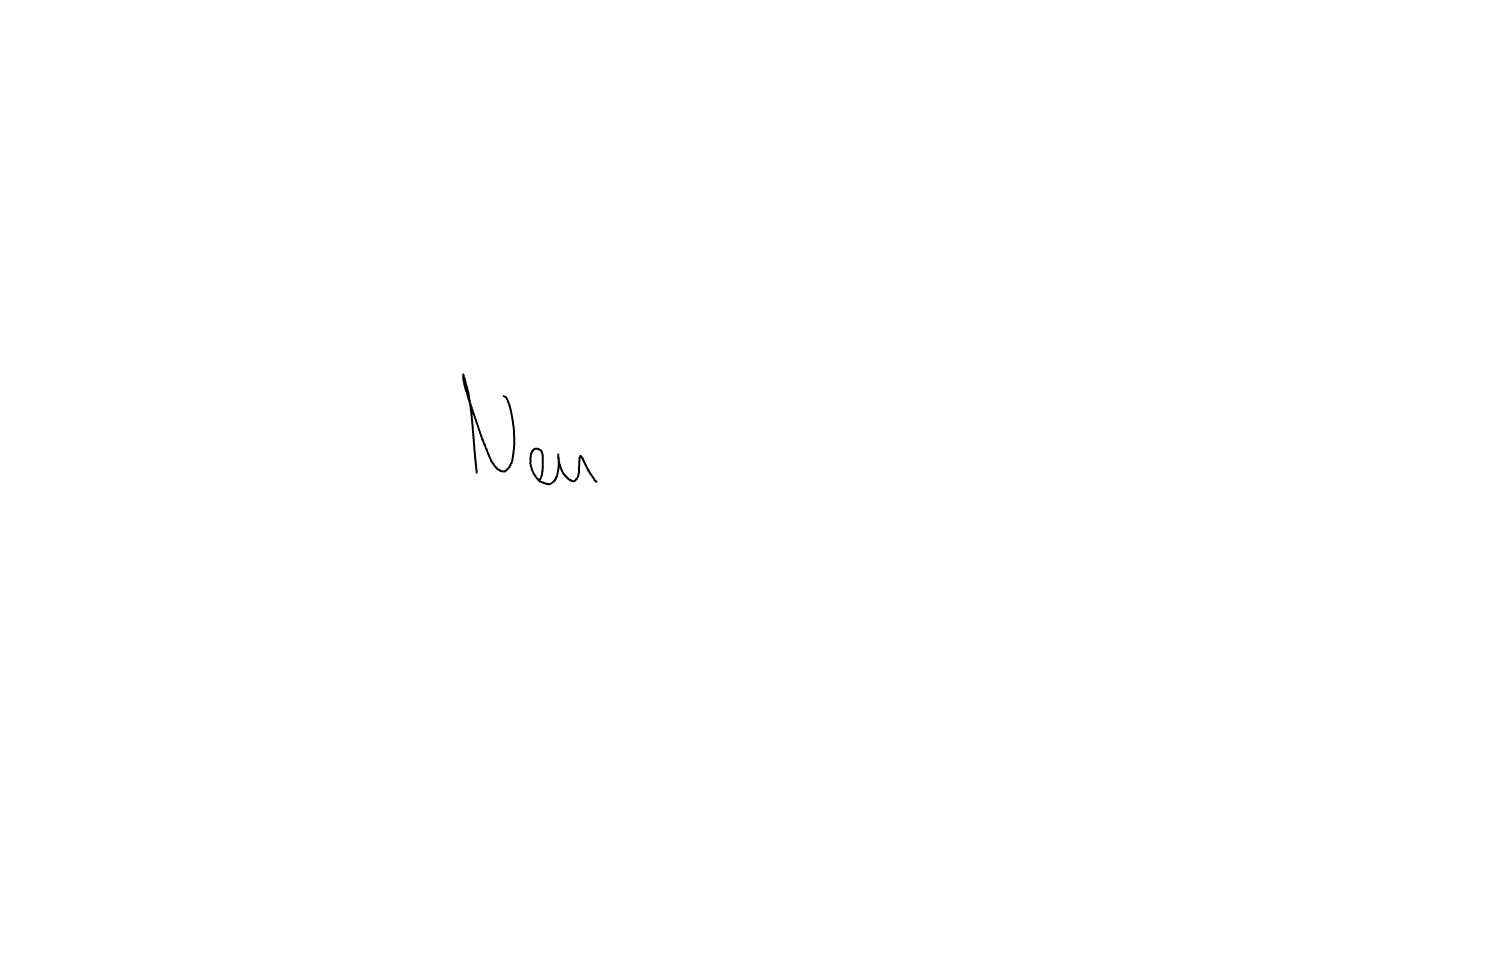
Text: Neu